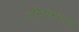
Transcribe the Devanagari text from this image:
अग्निशमनासाठी